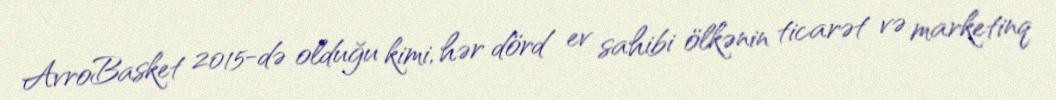
AvroBasket 2015-də olduğu kimi, hər dörd ev sahibi ölkənin ticarət və marketinq